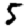
Digit: 5